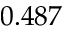
0 . 4 8 7